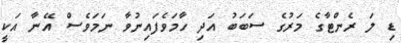
ޑި ލަ ރެންޓާގެ މަރުގެ ސަބަބު އަދި ހާމަވެފައިނުވާ ނަމަވެސް އޭނާ އަކީ